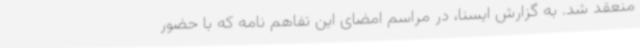
منعقد شد. به گزارش ایسنا، در مراسم امضای این تفاهم نامه که با حضور